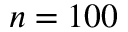
n = 1 0 0